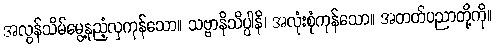
အလွန်သိမ်မွေ့နုညံ့လှကုန်သော။ သဗ္ဗာနိသိပ္ပါနိ၊ အလုံးစုံကုန်သော။ အတတ်ပညာတို့ကို။